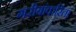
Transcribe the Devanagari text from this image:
गरीबांकरितां